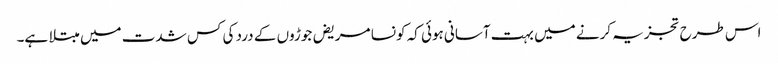
اس طرح تجزیہ کرنے میں بہت آسانی ہوئی کہ کونسا مریض جوڑوں کے درد کی کس شدت میں مبتلا ہے۔